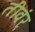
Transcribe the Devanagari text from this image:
तीवंर्